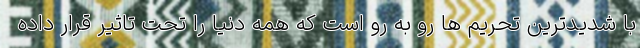
با شدیدترین تحریم ها رو به رو است که همه دنیا را تحت تاثیر قرار داده